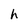
Character: h